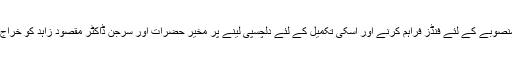
ڈی سی او نے منصوبے کے لئے فنڈز فراہم کرنے اور اسکی تکمیل کے لئے دلچسپی لینے پر مخیر حضرات اور سرجن ڈاکٹر مقصود زاہد کو خراج تحسین پیش کیا۔